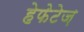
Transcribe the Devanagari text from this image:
हेफेटेज़